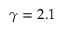
\gamma = 2 . 1